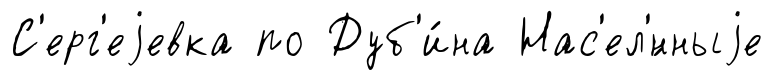
С'ерг'еjевка по Дуб'и́на Нас'ел'́нныjе